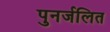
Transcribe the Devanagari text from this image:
पुनर्जलित